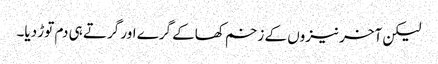
لیکن آخر نیزوں کے زخم کھاکے گرے اور گرتے ہی دم توڑ دیا۔